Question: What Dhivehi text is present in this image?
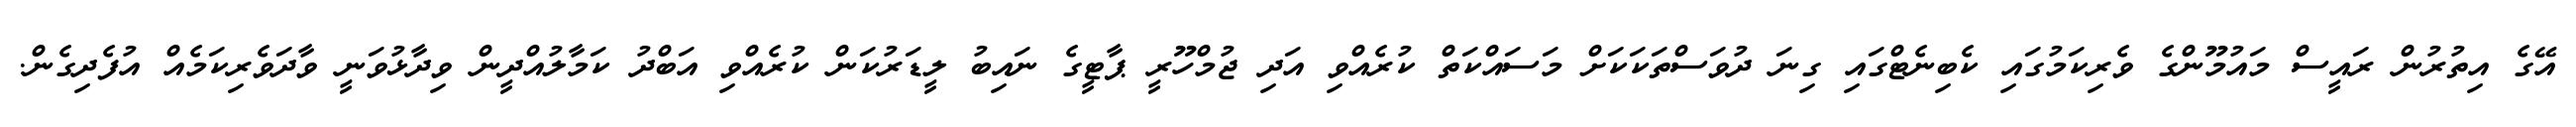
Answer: އޭގެ އިތުރުން ރައީސް މައުމޫންގެ ވެރިކަމުގައި ކެބިނެޓްގައި ގިނަ ދުވަސްތަކަކަށް މަސައްކަތް ކުރެއްވި އަދި ޖުމްހޫރީ ޕާޓީގެ ނައިބު ލީޑަރުކަން ކުރެއްވި އަބްދު ކަމާލުއްދީން ވިދާޅުވަނީ ވާދަވެރިކަމެއް އުފެދިގެން.